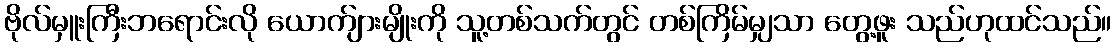
ဗိုလ်မှူးကြီးဘရောင်းလို ယောက်ျားမျိုးကို သူ့တစ်သက်တွင် တစ်ကြိမ်မျှသာ တွေ့ဖူး သည်ဟုထင်သည်။